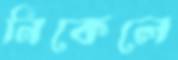
নিকেলে